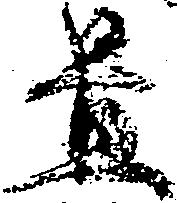
置